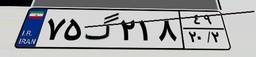
۷۵گ۲۱۸۴۹